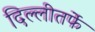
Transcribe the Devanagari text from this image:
दिल्लीतर्फे